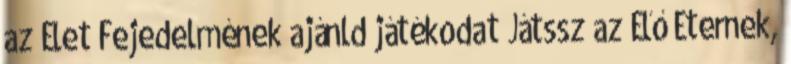
az Élet Fejedelmének ajánld játékodat Játssz az Élő Éternek,